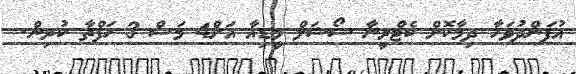
އުފަންދުވަހާ ދިމާކޮށް ކެޓްރީނާ ސޯޝަލް މީޑިއާ އަށް4 މަސް 3 ހަފްތާ ކުރިން.